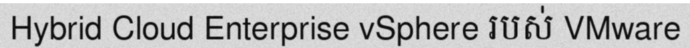
Hybrid Cloud Enterprise vSphere របស់ VMware